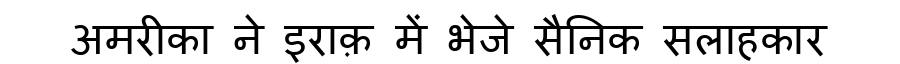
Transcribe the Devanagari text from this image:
अमरीका ने इराक़ में भेजे सैनिक सलाहकार